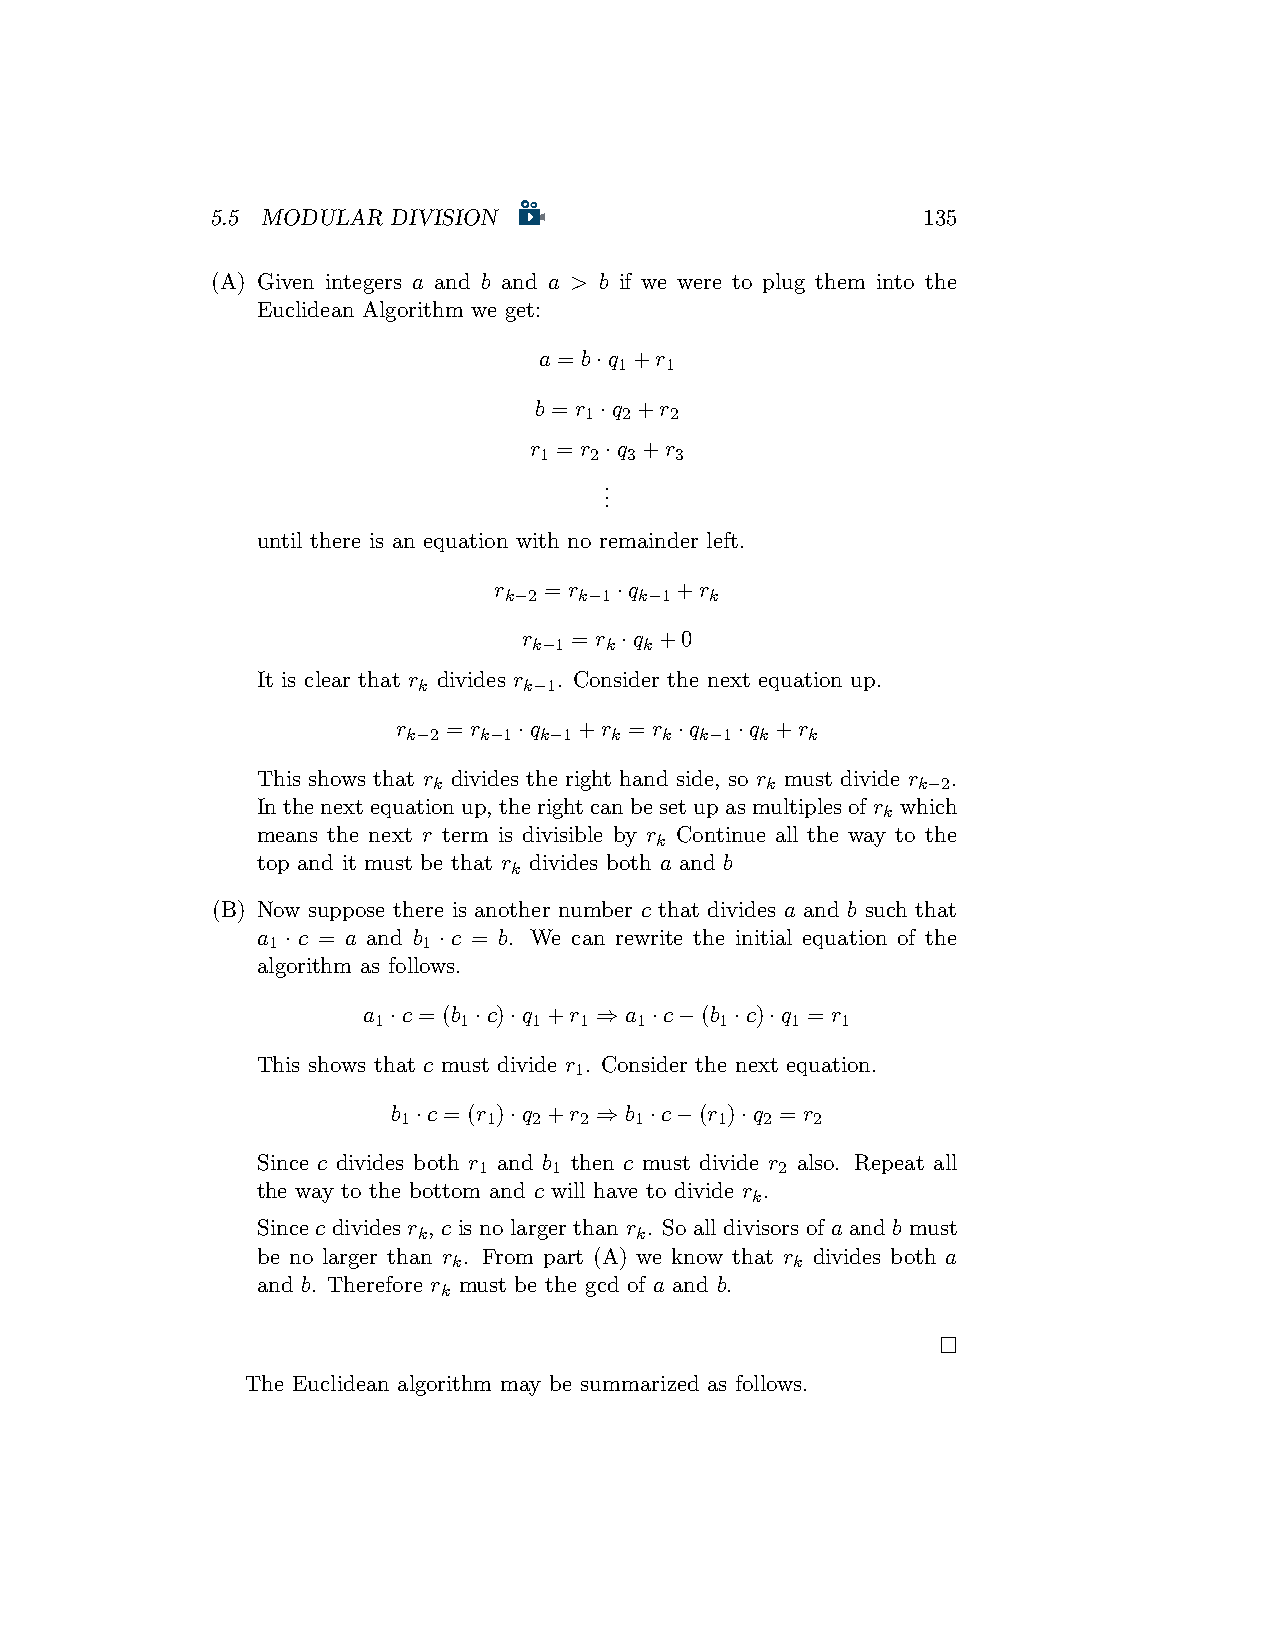
5.5 MODULAR DIVISION                           135
 (A) Given integers a and b and a > b if we were to plug them into the
 Euclidean Algorithm we get:
 a = b·q +r
 1  1
 b = r ·q +r
 1 2  2
 r = r ·q +r
 1  2  3  3
 .
 .
 .
 until there is an equation with no remainder left.
 r  = r  ·q  +r
 k−2  k−1 k−1  k
 r  = r ·q +0
 k−1  k  k
 It is clear that r divides r . Consider the next equation up.
 k      k−1
 r   = r ·q  +r  = r ·q ·q +r
 k−2  k−1 k−1 k   k k−1 k  k
 This shows that r divides the right hand side, so r must divide r .
 k                     k         k−2
 Inthenextequationup, therightcanbesetupasmultiplesofr which
 k
 means the next r term is divisible by r Continue all the way to the
 k
 top and it must be that r divides both a and b
 k
 (B) Now suppose there is another number c that divides a and b such that
 a · c = a and b · c = b. We can rewrite the initial equation of the
 1         1
 algorithm as follows.
 a ·c = (b ·c)·q +r ⇒ a ·c−(b ·c)·q = r
 1    1    1  1   1     1   1   1
 This shows that c must divide r . Consider the next equation.
 1
 b ·c = (r )·q +r ⇒ b ·c−(r )·q = r
 1    1  2  2   1     1  2  2
 Since c divides both r and b then c must divide r also. Repeat all
 1    1              2
 the way to the bottom and c will have to divide r .
 k
 Since c divides r , c is no larger than r . So all divisors of a and b must
 k             k
 be no larger than r . From part (A) we know that r divides both a
 k                      k
 and b. Therefore r must be the gcd of a and b.
 k
 □
 The Euclidean algorithm may be summarized as follows.